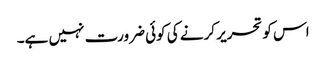
اس کو تحریر کرنے کی کوئی ضرورت نہیں ہے۔